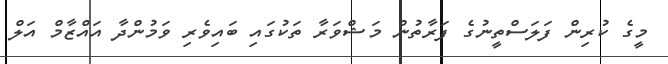
މީގެ ކުރިން ފަލަސްތީނުގެ ފަރާތުން މަޝްވަރާ ތަކުގައި ބައިވެރި ވަމުންދާ އައްޒާމް އަލް